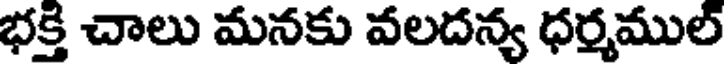
భక్తి చాలు మనకు వలదన్య ధర్మముల్